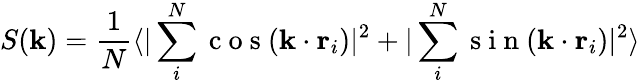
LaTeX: S(\textbf{k})=\frac{1}{N}\langle|\sum_{i}^{N}\mathrm{~c~o~s~}(\textbf{k}\cdot\textbf{r}_{i})|^{2}+|\sum_{i}^{N}\mathrm{~s~i~n~}(\textbf{k}\cdot\textbf{r}_{i})|^{2}\rangle